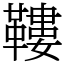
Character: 鞻